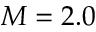
M = 2 . 0